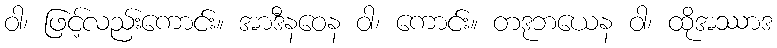
ဝါ၊ ဖြင့်လည်းကောင်း။ အာဒီနဝေန ဝါ၊ ကောင်း။ တဒုဘယေန ဝါ၊ ထိုအဿာဒ